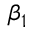
\beta _ { 1 }